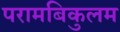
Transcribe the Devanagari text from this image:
परामबिकुलम